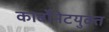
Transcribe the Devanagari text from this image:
कार्बोनेटयुक्त